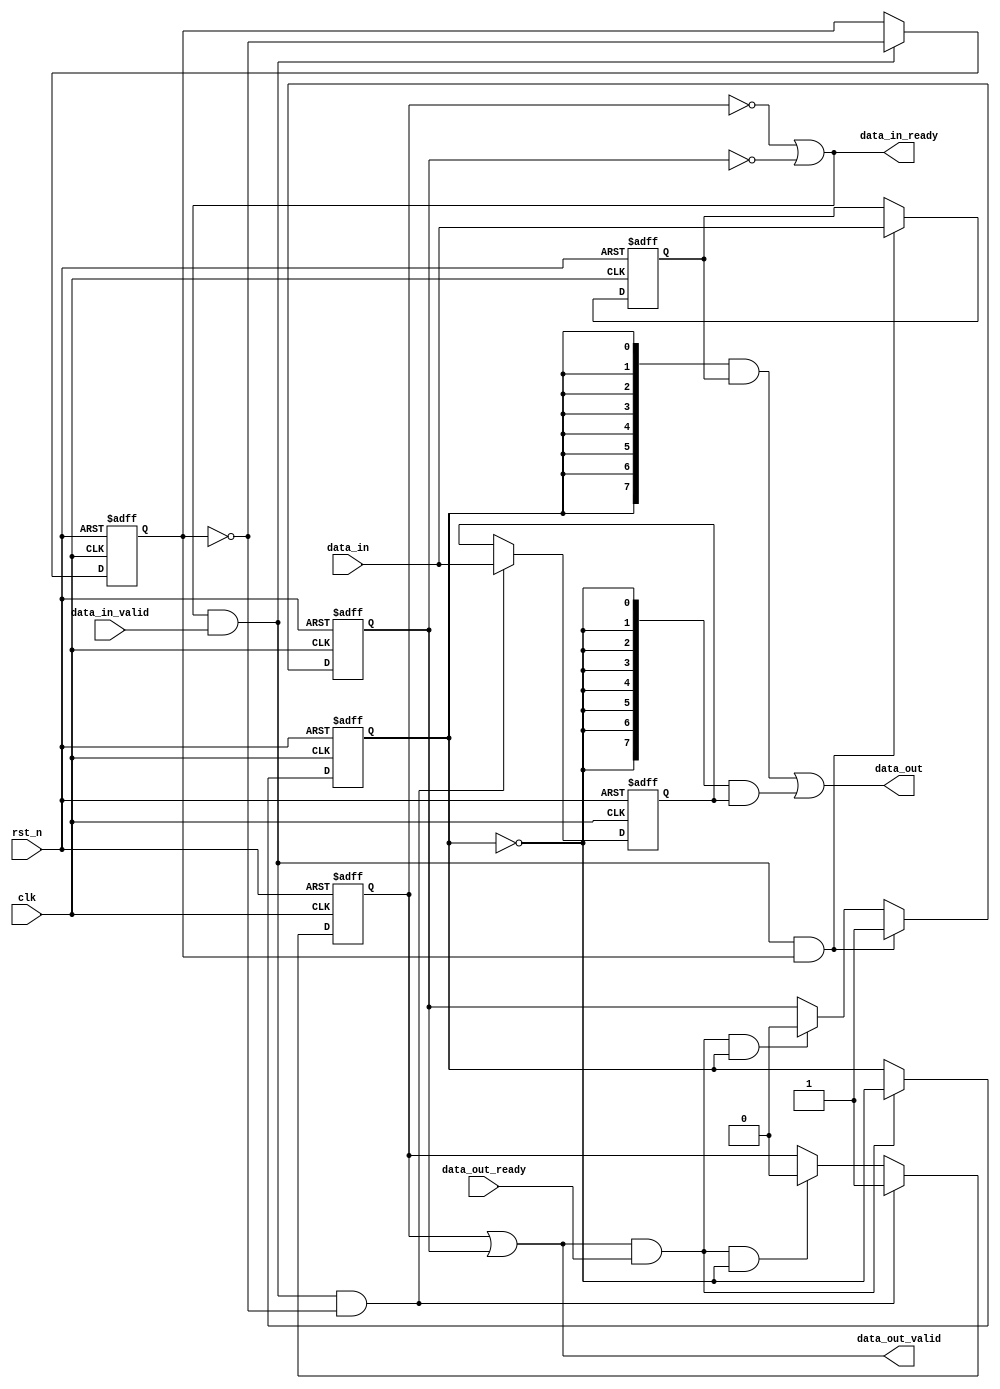
//******************************************************************
// Copyright (c) 2015 PANGO MICROSYSTEMS, INC
// ALL RIGHTS REVERVED.
//******************************************************************

module ipml_reg_fifo_v1_0
    #( 
       parameter W = 8
     )
    (
      input                     clk,
      input                     rst_n,

      input                     data_in_valid,
      input  [W-1:0]            data_in,
      output                    data_in_ready,

      input                     data_out_ready,
      output [W-1:0]            data_out,
      output                    data_out_valid
    );

//
reg  [W-1:0]                data_0;
reg  [W-1:0]                data_1;
reg                         wptr;
reg                         rptr;
reg                         data_valid_0;
reg                         data_valid_1;

wire                        fifo_read;
wire                        fifo_write;

// handshake
assign fifo_write = data_in_ready & data_in_valid;
assign fifo_read  = data_out_valid & data_out_ready;

always@(posedge clk or negedge rst_n)
begin
    if (!rst_n)
        wptr <= 1'b0;
    else if (fifo_write)
        wptr <= ~wptr;
end

always@(posedge clk or negedge rst_n)
begin
    if (!rst_n)
        rptr <= 1'b0;
    else if (fifo_read)
        rptr <= ~rptr;
end

always@(posedge clk or negedge rst_n)
begin
    if(!rst_n)
        data_0 <= {W{1'b0}};
    else if (fifo_write & ~wptr)
        data_0 <= data_in;
end

always@(posedge clk or negedge rst_n)
begin
    if(!rst_n)
        data_1 <= {W{1'b0}};
    else if (fifo_write & wptr)
        data_1 <= data_in;
end

// valid
assign data_out_valid = data_valid_0 | data_valid_1;
assign data_in_ready = ~data_valid_0 | ~data_valid_1;
always@(posedge clk or negedge rst_n)
begin
    if(!rst_n)
        data_valid_0 <= 1'b0;
    else if (fifo_write & ~wptr)
        data_valid_0 <= 1'b1;
    else if (fifo_read & ~rptr)
        data_valid_0 <= 1'b0;
end

always@(posedge clk or negedge rst_n)
begin
    if(!rst_n)
        data_valid_1 <= 1'b0;
    else if (fifo_write & wptr)
        data_valid_1 <= 1'b1;
    else if (fifo_read & rptr)
        data_valid_1 <= 1'b0;
end

//
assign data_out = ({W{rptr}} & data_1) | ({W{~rptr}} & data_0);

endmodule